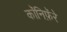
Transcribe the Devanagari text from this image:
कॉनिफ़ॅरे